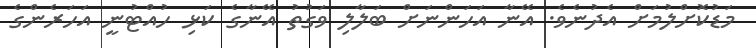
މަޑުކޮށްލުމަށް އެދުނެވެ. އޭނާ އަހަންނަށް ބަލާލި ވަގުތު އޭނާގެ ކަޅި ހުއްޓުނީ އަހަރެންގެ